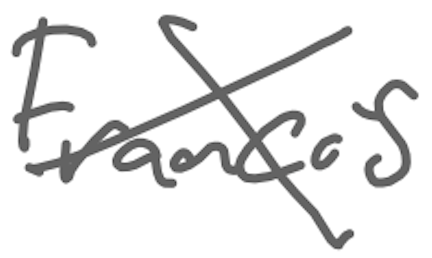
Text: Francis
Cross-out: cross
Writing tool: digital_gray